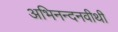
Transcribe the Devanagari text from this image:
अभिनन्दनवीथी